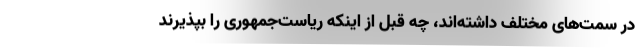
در سمت‌های مختلف داشته‌اند، چه قبل از اینکه ریاست‌جمهوری را بپذیرند